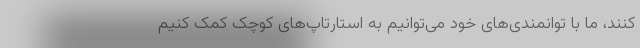
کنند، ما با توانمندی‌های خود می‌توانیم به استارتاپ‌های کوچک کمک کنیم